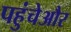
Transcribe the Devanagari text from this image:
पहुंचेऔर